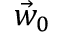
\vec { w } _ { 0 }